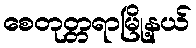
စေတုတ္တရာမြို့နယ်